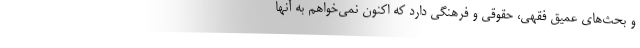
و بحث‌های عمیق فقهی، حقوقی و فرهنگی دارد که اکنون نمی‌خواهم به آنها